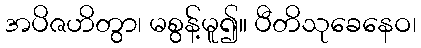
အပိဇဟိတွာ၊ မစွန့်မူ၍။ ပီတိသုခေနေဝ၊